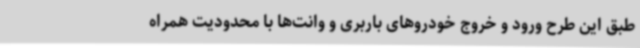
طبق این طرح ورود و خروج خودروهای باربری و وانت‌ها با محدودیت همراه